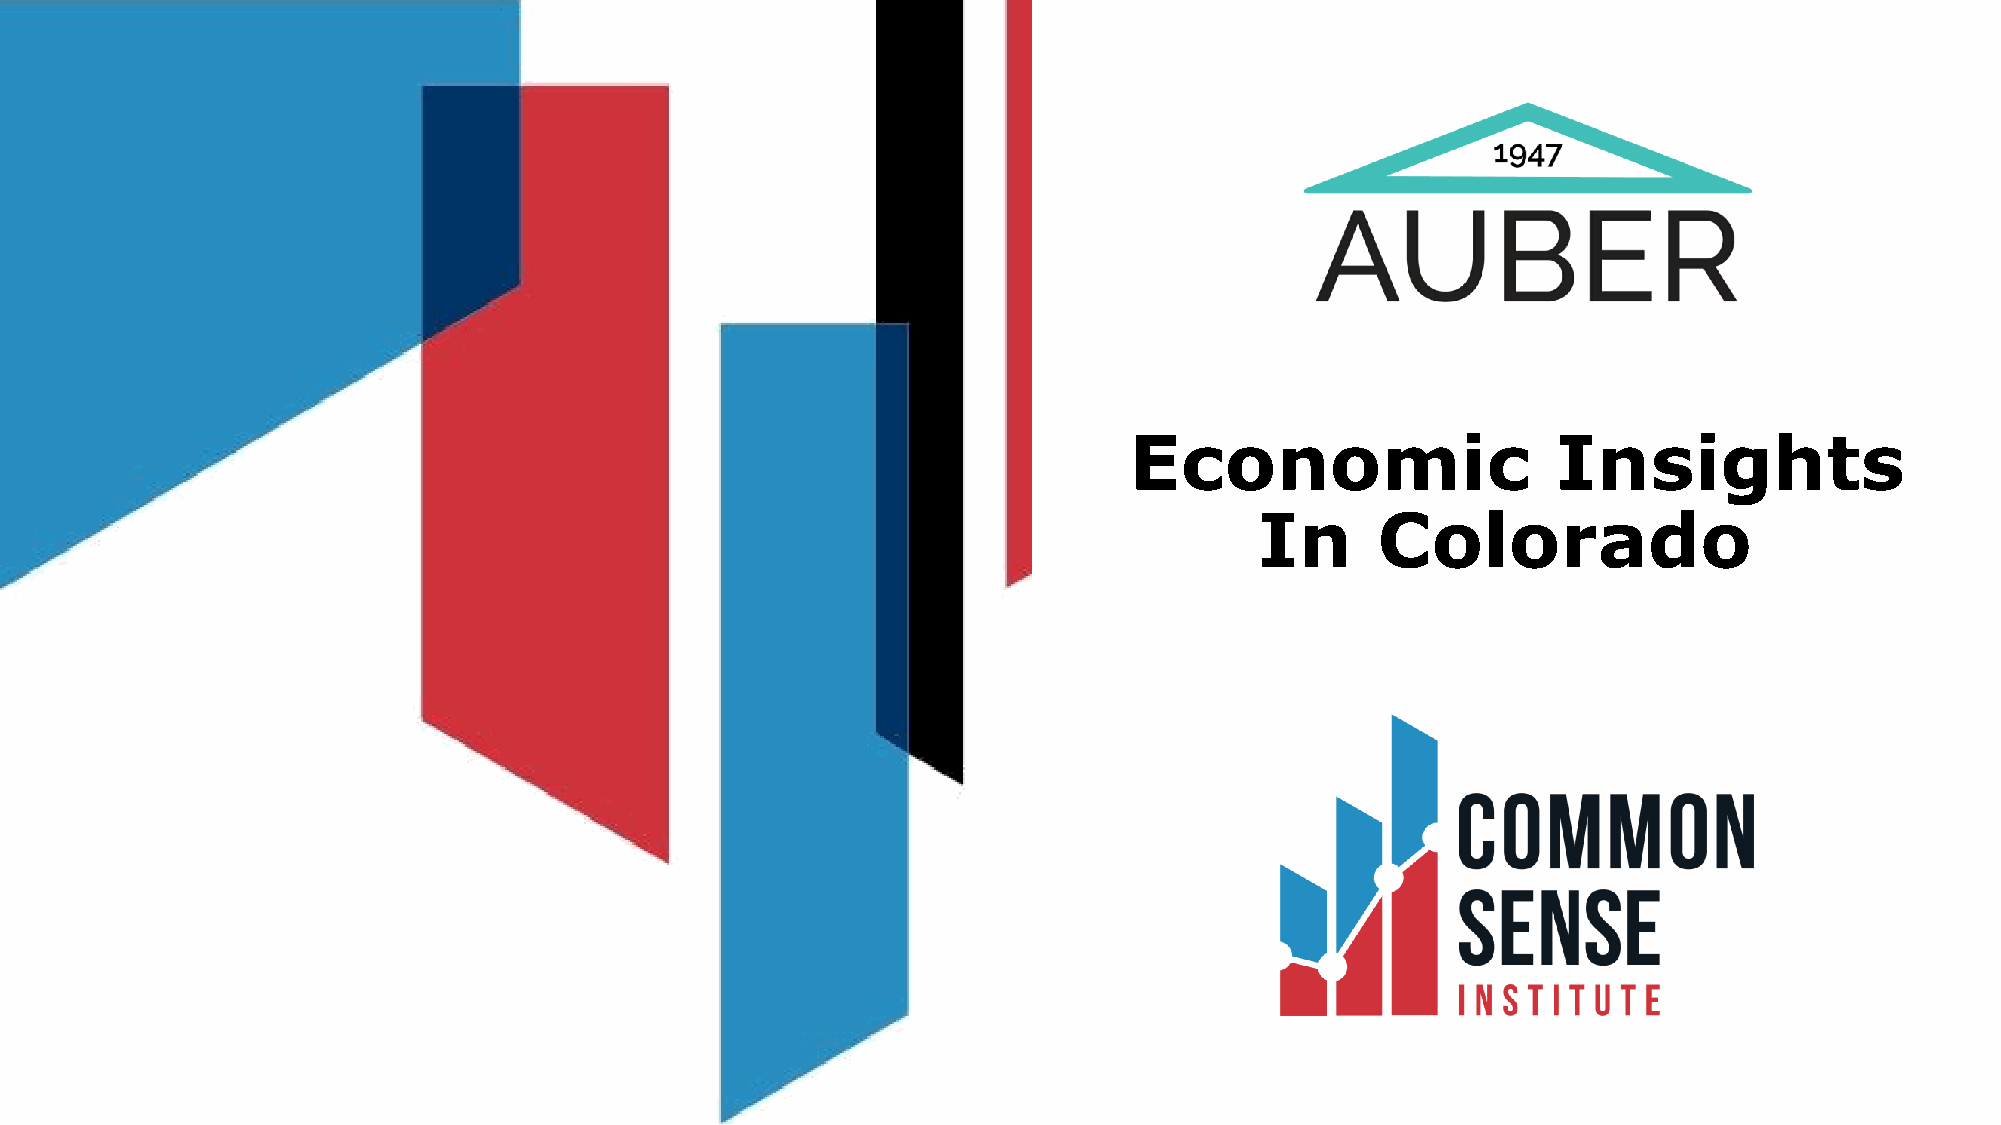
Economic                    Insights
 In      Colorado